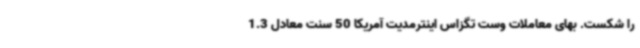
را شکست. بهای معاملات وست تگزاس اینترمدیت آمریکا 50 سنت معادل 1.3